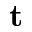
\mathbf { t }